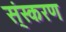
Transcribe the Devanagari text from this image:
स्ंस्करण